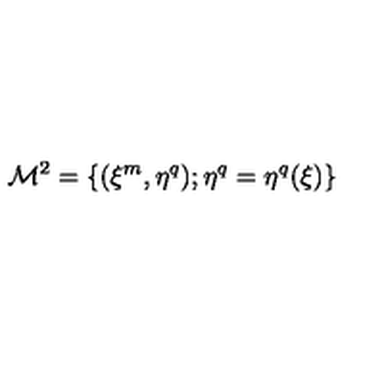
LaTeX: { \cal M } ^ { 2 } = \{ ( \xi ^ { m } , \eta ^ { q } ) ; \eta ^ { q } = \eta ^ { q } ( \xi ) \}